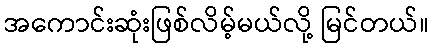
အကောင်းဆုံးဖြစ်လိမ့်မယ်လို့ မြင်တယ်။